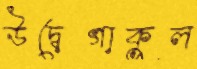
উদ্বেগাকুল